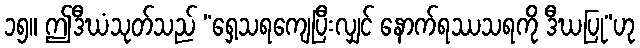
၁၅။ ဤဒီဃံသုတ်သည် “ရှေ့သရကျေပြီးလျှင် နောက်ရဿသရကို ဒီဃပြု”ဟု